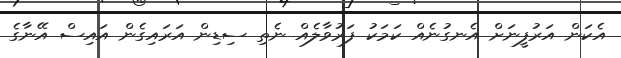
އެކަން އަރުފީނަށް އެނގުނެއް ކަމަކު ފަރުވާލެއް ނެތި ސިޑިން އަރައިގެން އައިސް އޭނާގެ